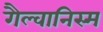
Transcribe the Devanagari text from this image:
गैल्वानिस्म